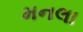
મનલા